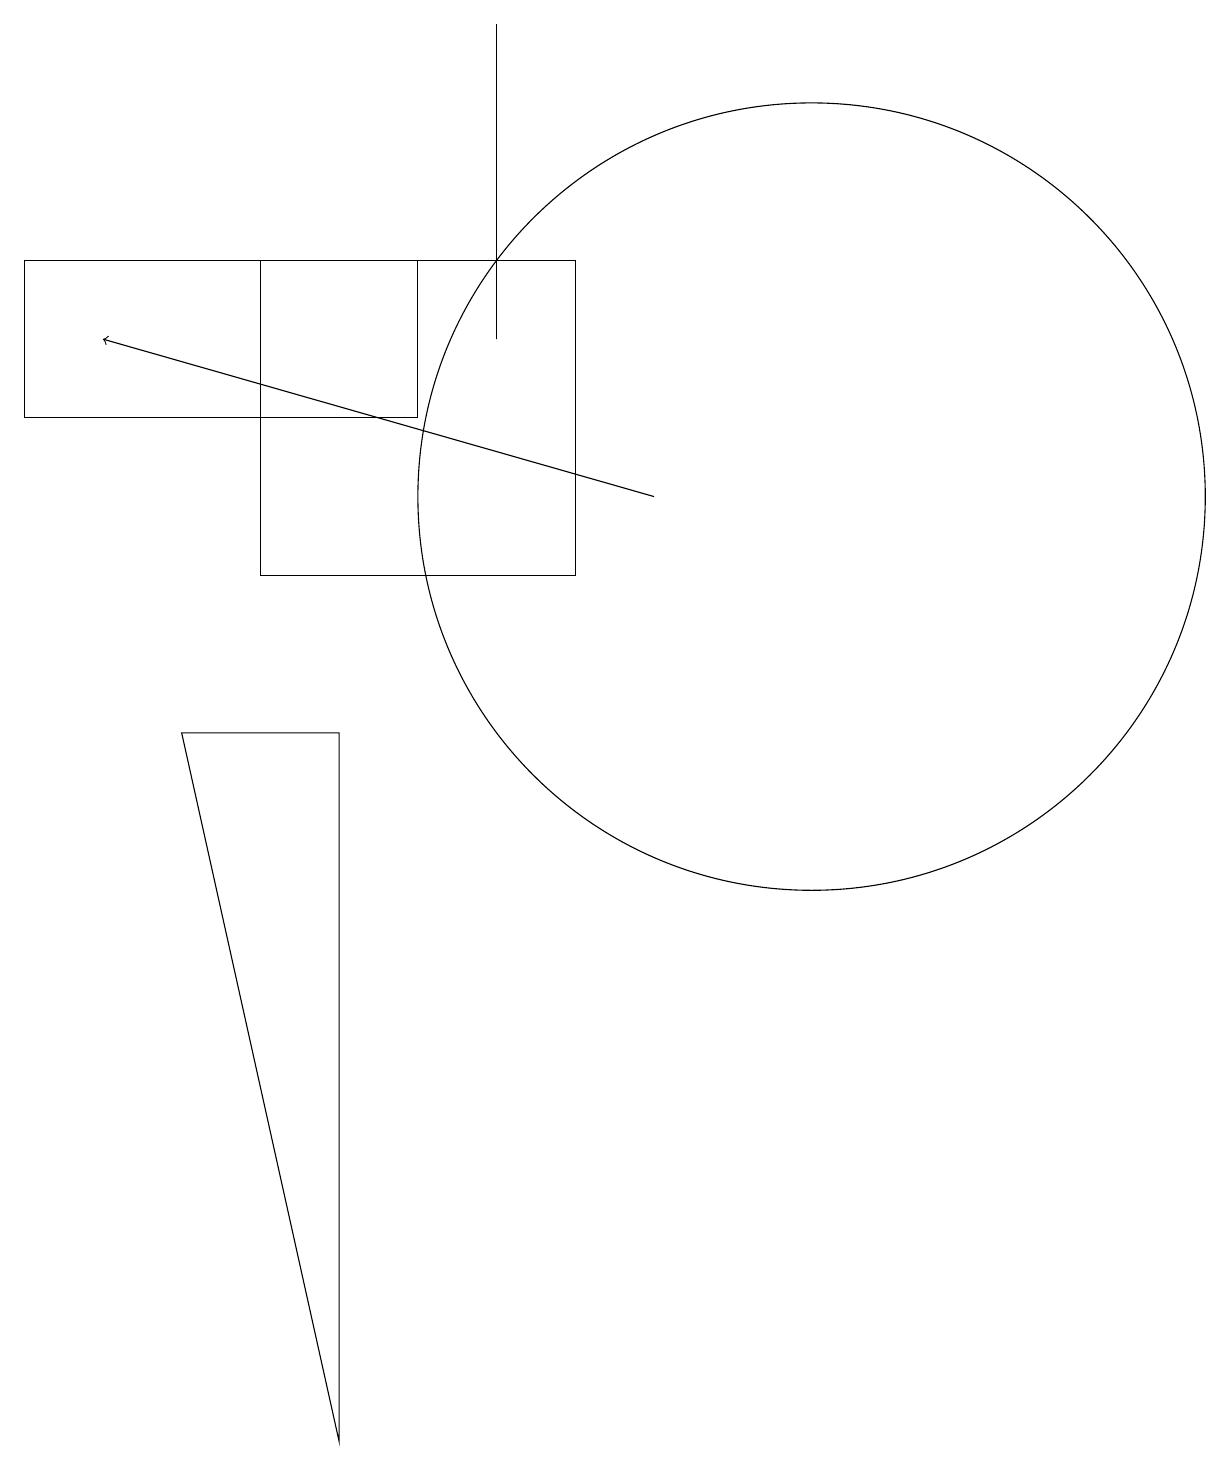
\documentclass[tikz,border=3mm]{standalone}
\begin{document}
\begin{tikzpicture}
\draw (10,10) circle (0);
\draw (10,12) circle (5);
\draw (10,12) circle (0);
\draw (4,0) -- (2,9) -- (4,9) -- cycle;
\draw (0,15) rectangle (5,13);
\draw (3,11) rectangle (7,15);
\draw (6,18) rectangle (6,14);
\draw[->] (8,12) -- (1,14);
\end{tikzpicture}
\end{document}